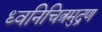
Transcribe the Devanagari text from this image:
ध्वनिचित्रमुद्रण